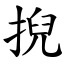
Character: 掜